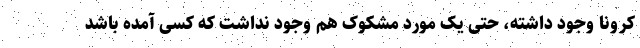
کرونا وجود داشته، حتی یک مورد مشکوک هم وجود نداشت که کسی آمده باشد